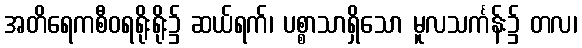
အတိရေကစီဝရရိုးရိုး၌ ဆယ်ရက်၊ ပစ္စာသာရှိသော မူလသင်္ကန်း၌ တလ၊